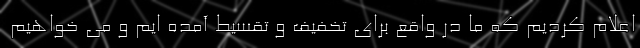
اعلام کردیم که ما در واقع برای تخفیف و تقسیط آمده ایم و می خواهیم